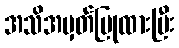
အသိအမှတ်ပြုထားပြီး